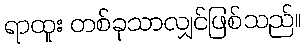
ရာထူး တစ်ခုသာလျှင်ဖြစ်သည်။